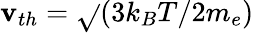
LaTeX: \mathbf{v}_{th}=\sqrt{}{{(3k_{B}T/2m_{e})}}